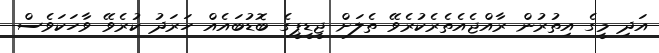
އަދި މީގެ އިތުރުން ރާއްޖެއެތެރެކުރެވޭ ތެލަށް ޖީޑީޕީގެ ބޮޑުބައެއް ހަރަދު ކުރެވޭ ވާހަކަވެސް